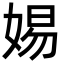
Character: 㛫